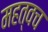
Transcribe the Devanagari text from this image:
महत्वच